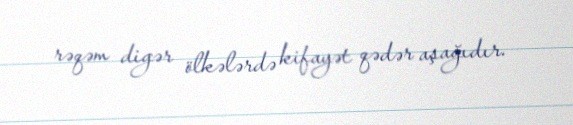
rəqəm digər ölkələrdə kifayət qədər aşağıdır.